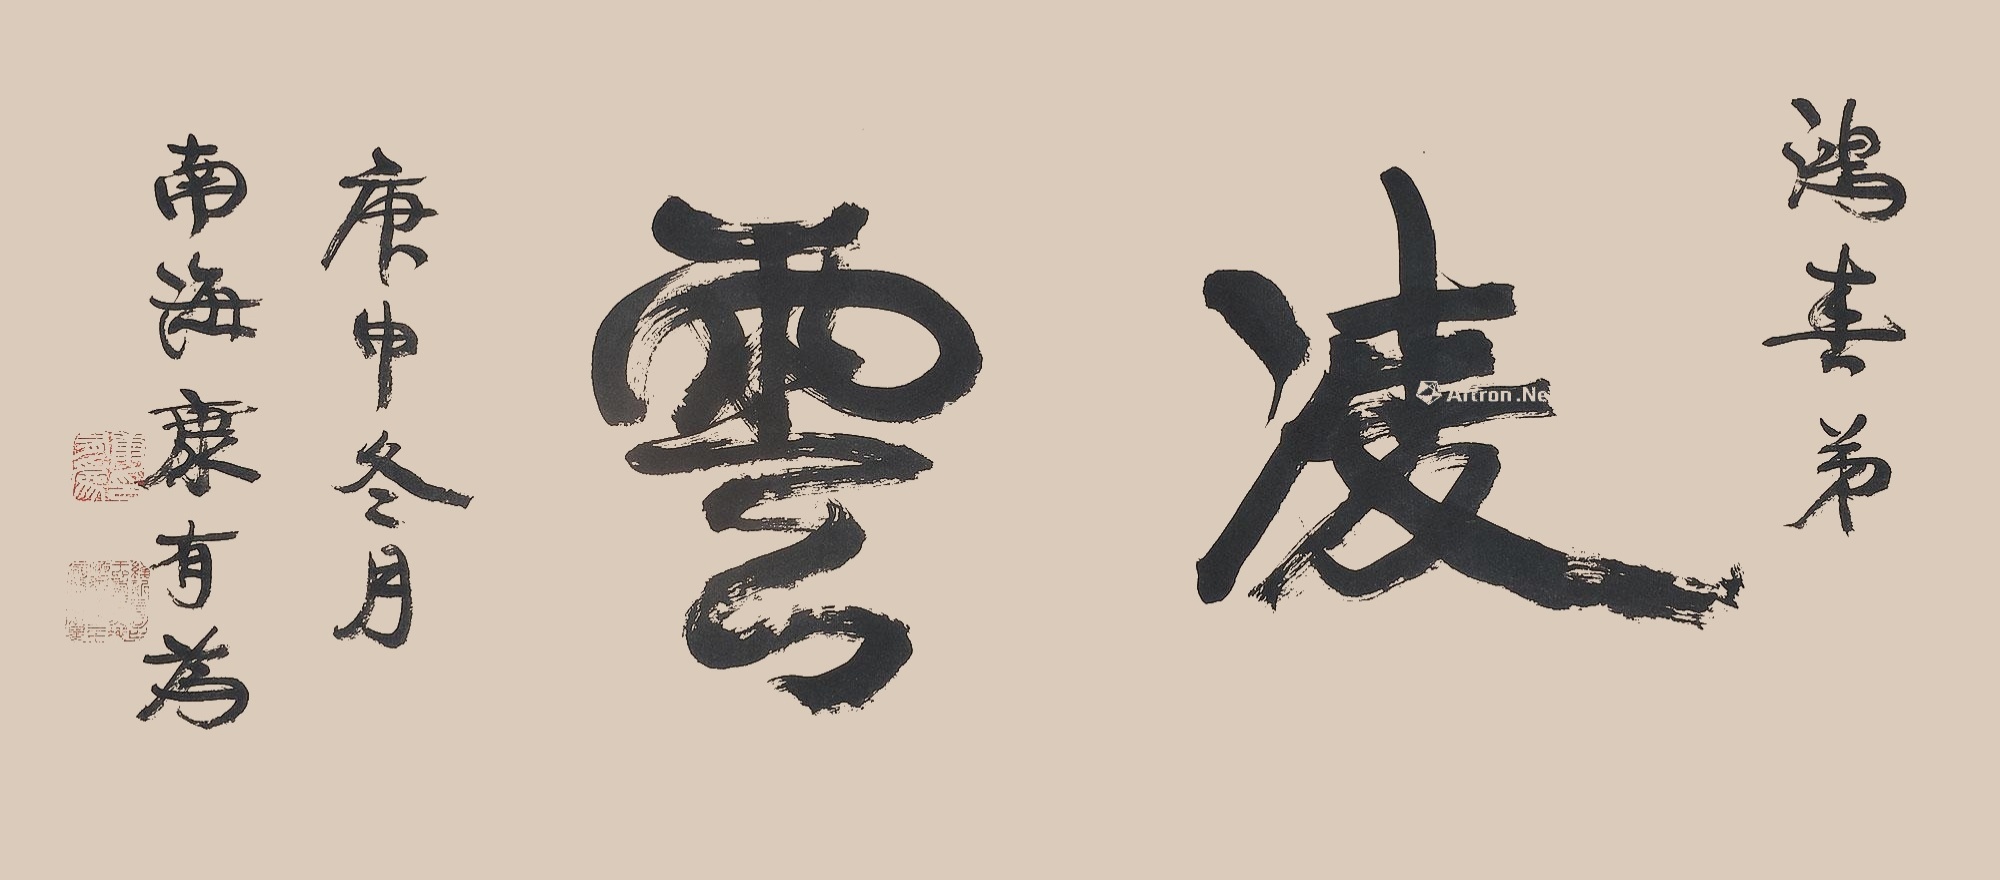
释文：凌云鸿春弟。庚申冬月，南海康有为。